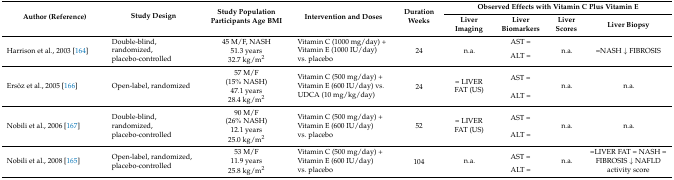
<table><thead><tr><td rowspan="2"><b>Author (Reference)</b></td><td rowspan="2"><b>Study Design</b></td><td rowspan="2"><b>Study Population Participants Age BMI</b></td><td rowspan="2"><b>Intervention and Doses</b></td><td rowspan="2"><b>Duration Weeks</b></td><td colspan="4"><b>Observed Effects with Vitamin C Plus Vitamin E</b></td></tr><tr><td><b>Liver Imaging</b></td><td><b>Liver Biomarkers</b></td><td><b>Liver Scores</b></td><td><b>Liver Biopsy</b></td></tr></thead><tbody><tr><td rowspan="3">Harrison et al., 2003 [164]</td><td rowspan="3">Double-blind, randomized, placebo-controlled</td><td>45 M/F, NASH</td><td rowspan="3">Vitamin C (1000 mg/day) + Vitamin E (1000 IU/day) vs. placebo</td><td rowspan="3">24</td><td rowspan="3">n.a.</td><td>AST =</td><td rowspan="3">n.a.</td><td rowspan="3">=NASH ↓ FIBROSIS</td></tr><tr><td>51.3 years</td><td rowspan="2">ALT =</td></tr><tr><td>32.7 kg/m<sup>2</sup></td></tr><tr><td rowspan="4">Ersöz et al., 2005 [166]</td><td rowspan="4">Open-label, randomized</td><td>57 M/F</td><td rowspan="4">Vitamin C (500 mg/day) + Vitamin E (600 IU/day) vs. UDCA (10 mg/kg/day)</td><td rowspan="4">24</td><td rowspan="4">= LIVER FAT (US)</td><td rowspan="2">AST =</td><td rowspan="4">n.a.</td><td rowspan="4">n.a.</td></tr><tr><td>(15% NASH)</td></tr><tr><td>47.1 years</td><td rowspan="2">ALT =</td></tr><tr><td>28.4 kg/m<sup>2</sup></td></tr><tr><td rowspan="4">Nobili et al., 2006 [167]</td><td rowspan="4">Double-blind, randomized, placebo-controlled</td><td>90 M/F</td><td rowspan="4">Vitamin C (500 mg/day) + Vitamin E (600 IU/day) vs. placebo</td><td rowspan="4">52</td><td rowspan="4">= LIVER FAT (US)</td><td rowspan="2">AST =</td><td rowspan="4">n.a.</td><td rowspan="4">n.a.</td></tr><tr><td>(26% NASH)</td></tr><tr><td>12.1 years</td><td rowspan="2">ALT =</td></tr><tr><td>25.0 kg/m<sup>2</sup></td></tr><tr><td rowspan="3">Nobili et al., 2008 [165]</td><td rowspan="3">Open-label, randomized, placebo-controlled</td><td>53 M/F</td><td rowspan="3">Vitamin C (500 mg/day) + Vitamin E (600 IU/day) vs. placebo</td><td rowspan="3">104</td><td rowspan="3">n.a.</td><td rowspan="2">AST =</td><td rowspan="3">n.a.</td><td rowspan="3">=LIVER FAT = NASH = FIBROSIS ↓ NAFLD activity score</td></tr><tr><td>11.9 years</td></tr><tr><td>25.8 kg/m<sup>2</sup></td><td>ALT =</td></tr></tbody></table>